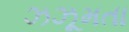
ઝઝૂમતા